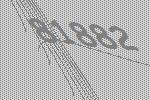
81882